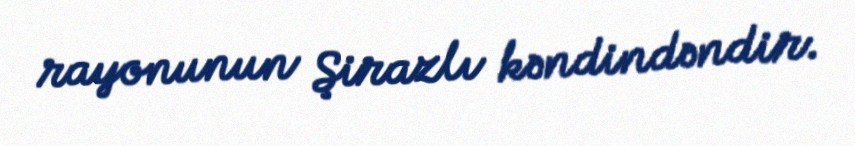
rayonunun Şirazlı kəndindəndir.